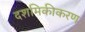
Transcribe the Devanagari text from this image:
दशमिकीकरण